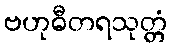
ဗဟုဓီတရသုတ္တံ